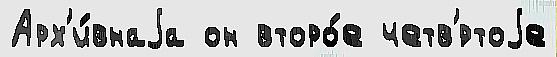
Арх'и́внаjа он второ́е четв'́ртоjе